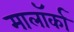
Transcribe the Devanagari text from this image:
मालॉर्का